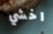
اخشي